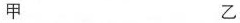
甲 乙